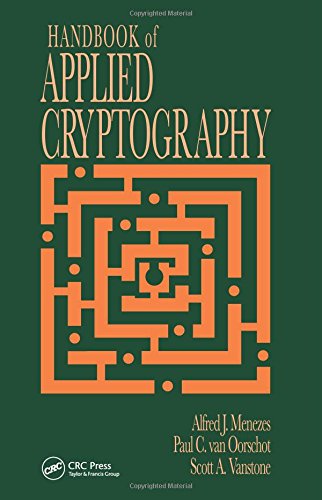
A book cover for Handbook of Applied Cryptography (Discrete Mathematics and Its Applications); Alfred J. Menezes; Computers & Technology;